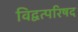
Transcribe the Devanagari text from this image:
विद्वत्परिषद